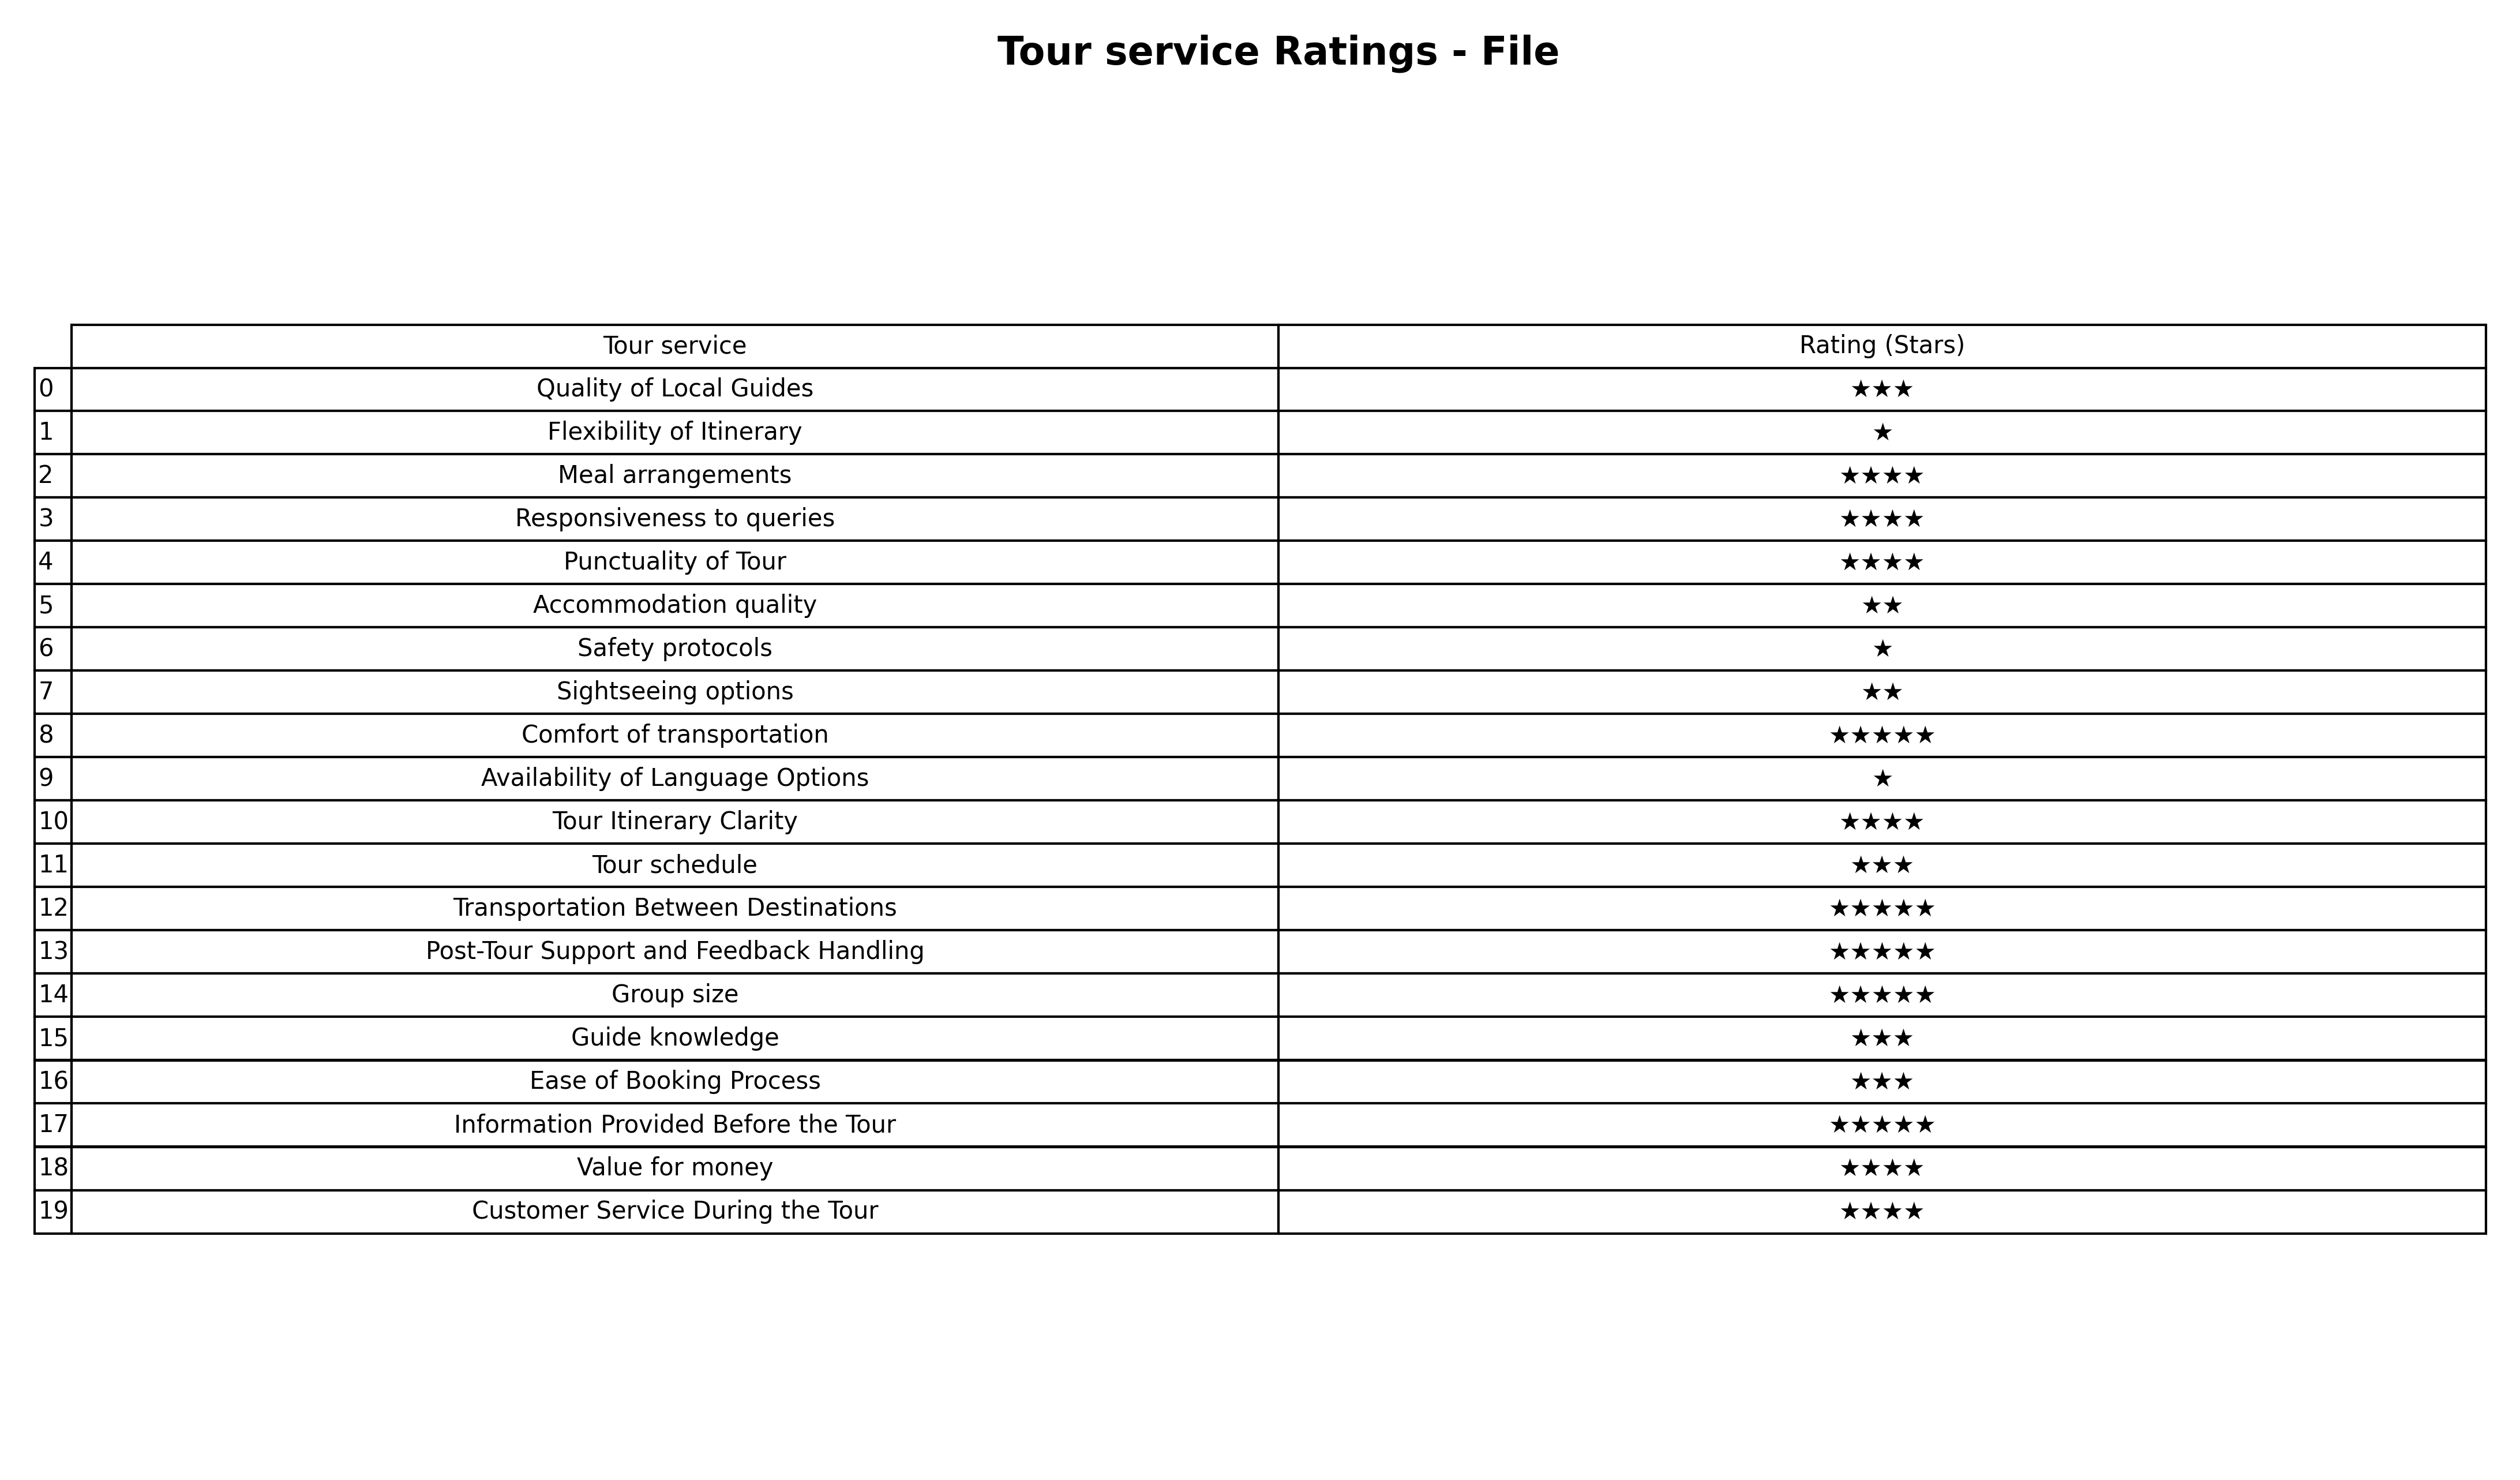
question: What is the rating of Availability of Language Options?
answer: ★